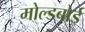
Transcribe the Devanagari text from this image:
मोल्डबोर्ड